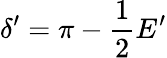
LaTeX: \delta^{\prime}=\pi-\frac{1}{2}E^{\prime}